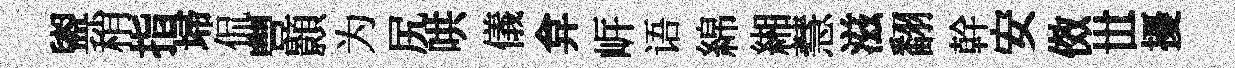
盥稍指埽侃豐顥为尻哄儀弇㟁语綿緗慧滋翻幹安傚𠀍擾